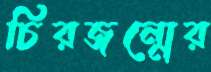
চিরজন্মের